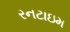
રનટાઇમ